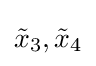
{\tilde {x}}_{3},{\tilde {x}}_{4}